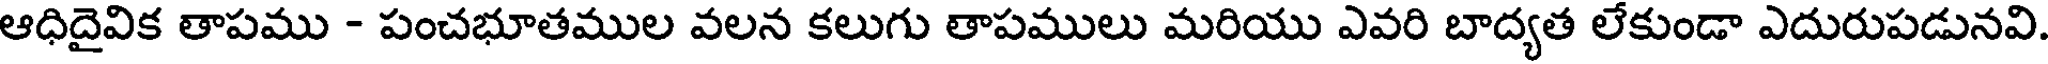
ఆధిదైవిక తాపము - పంచభూతముల వలన కలుగు తాపములు మరియు ఎవరి బాద్యత లేకుండా ఎదురుపడునవి.